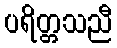
ပရိတ္တသညီ